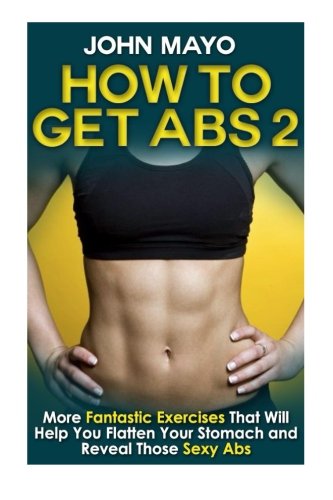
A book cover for How to Get Abs: More Fantastic Exercises That Will Help You Flatten Your Stomach and Reveal Those Sexy Abs (Health, Flat Abs, How to Get Abs, How to Get Abs Fast) (Volume 2); John Mayo; Health, Fitness & Dieting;